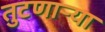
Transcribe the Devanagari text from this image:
तुटणाऱ्या